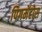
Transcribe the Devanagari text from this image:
पिगमेंटोस